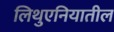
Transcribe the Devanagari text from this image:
लिथुएनियातील